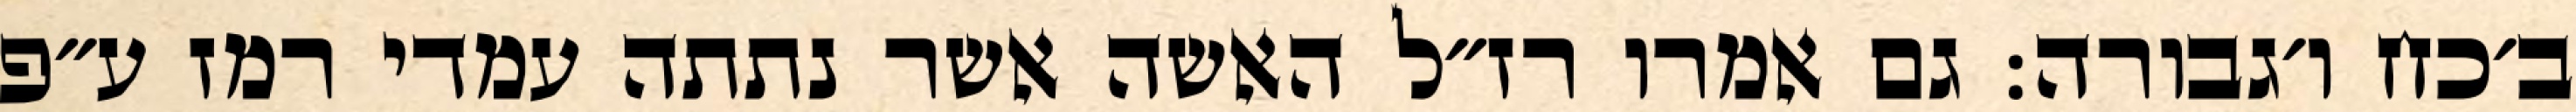
ב׳כח ו׳גבורה: גם אמרו רז״ל האשה אשר נתתה עמדי רמז ע״פ